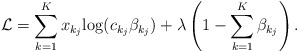
\begin{align*}\mathcal{L} = \sum_{k=1}^K x_{k_j}{\log(c_{k_j} \beta_{k_j} )} + \lambda \left(1-\sum_{k=1}^K \beta_{k_j}\right). \end{align*}